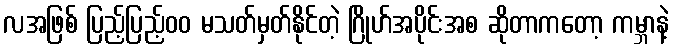
လအဖြစ် ပြည့်ပြည့်၀၀ မသတ်မှတ်နိုင်တဲ့ ဂြိုဟ်အပိုင်းအစ ဆိုတာကတော့ ကမ္ဘာနဲ့